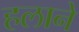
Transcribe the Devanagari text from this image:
हलाने